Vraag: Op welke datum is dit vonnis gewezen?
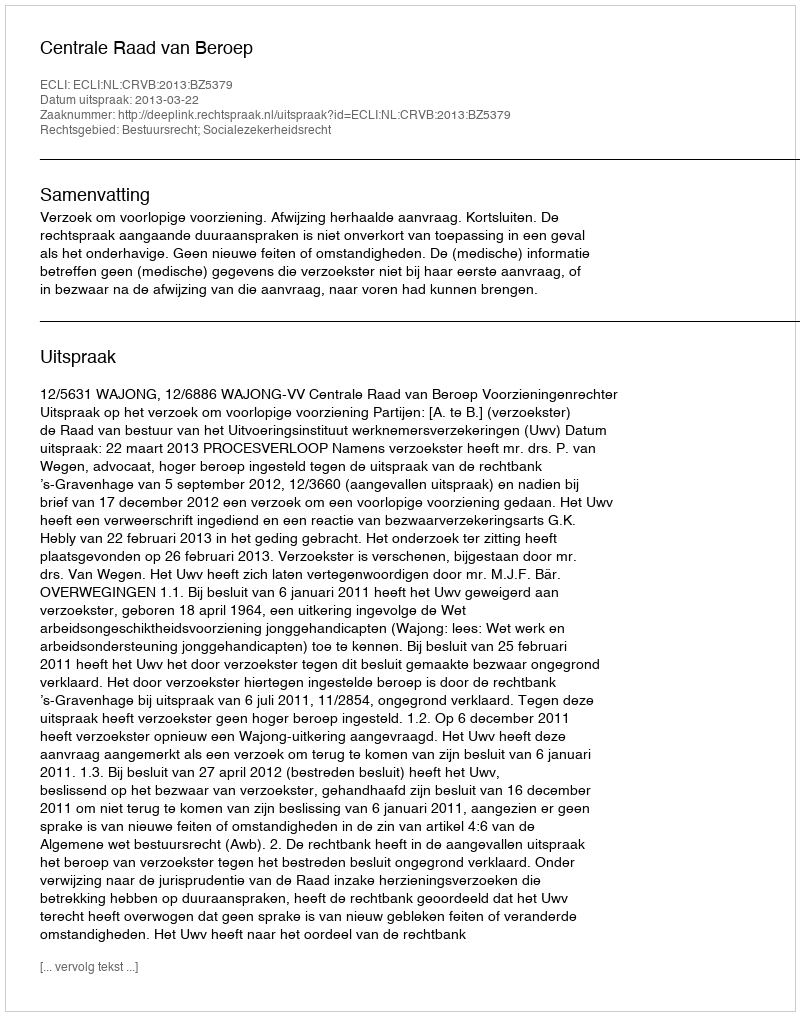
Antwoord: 2013-03-22